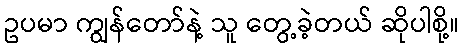
ဥပမာ ကျွန်တော်နဲ့ သူ တွေ့ခဲ့တယ် ဆိုပါစို့။